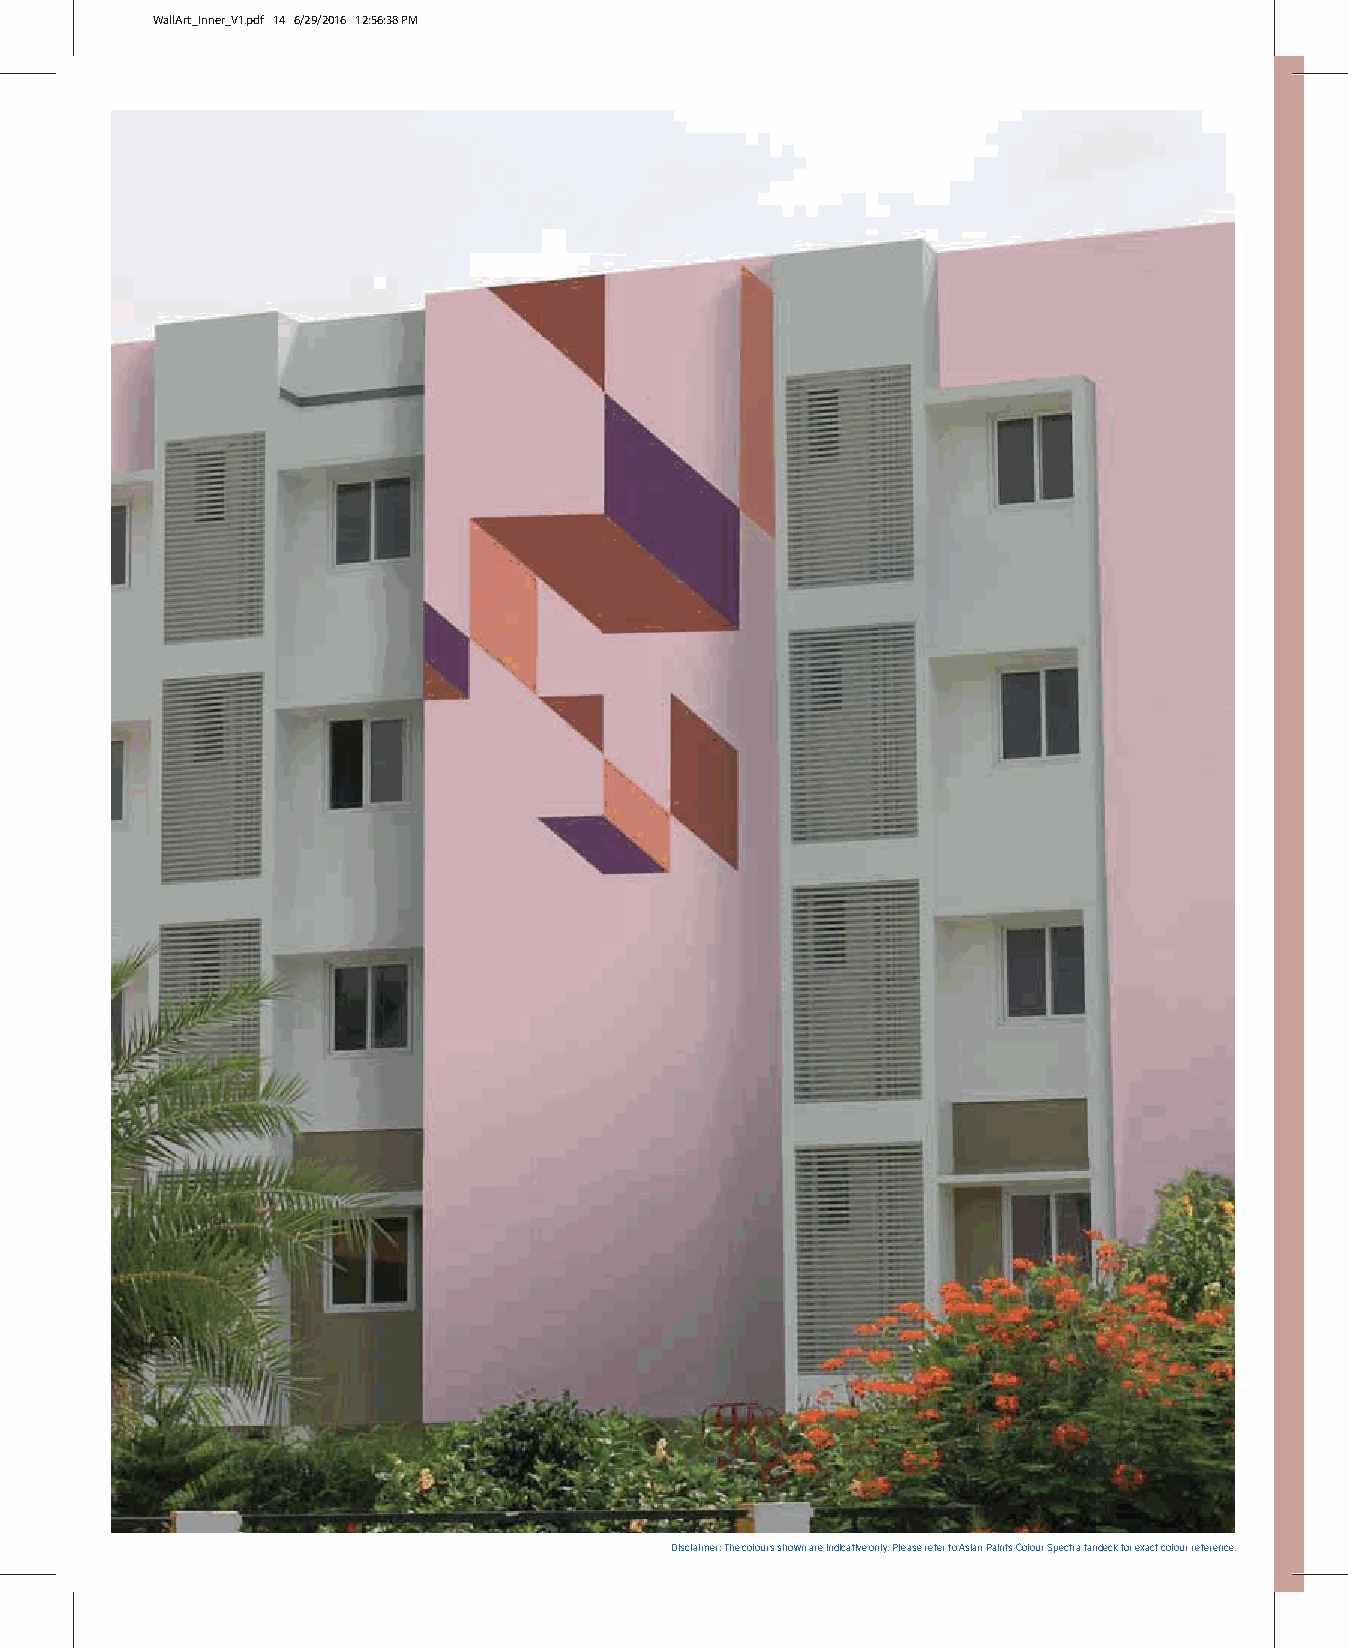
WallArt_Inner_V1.pdf 14 6/29/2016 12:56:38 PM
 Disclaimer: The colours shown are indicative only. Please refer to Asian Paints Colour Spectra fandeck for exact colour reference.